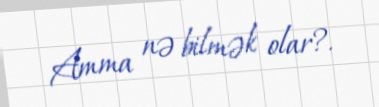
Amma nə bilmək olar?.